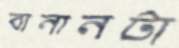
বানানটা